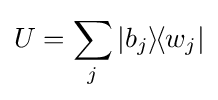
U=\sum _{j}|b_{j}\rangle \!\langle w_{j}|